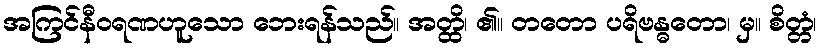
အကြင်နီဝရဏဟူသော ဘေးရန်သည်။ အတ္ထိ၊ ၏။ တတော ပရိဗန္ဓတော၊ မှ။ စိတ္တံ၊